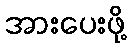
အားပေးဖို့